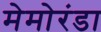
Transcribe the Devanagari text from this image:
मेमोरंडा